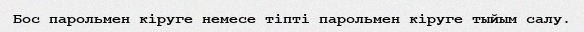
Бос парольмен кіруге немесе тіпті парольмен кіруге тыйым салу.